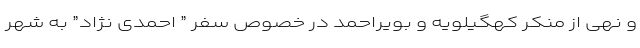
و نهی از منکر کهگیلویه و بویراحمد در خصوص سفر ” احمدی نژاد” به شهر